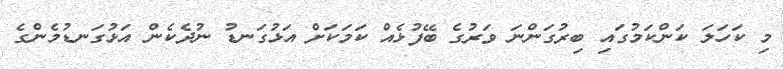
މި ކަހަލަ ކަންކަމުގައި ބިރުގަންނަ ވަރުގެ ބޭފުޅެއް ކަމަކަށް އަޅުގަނޑު ނުދެކެން އަޅުގަނޑުމެންގެ